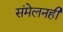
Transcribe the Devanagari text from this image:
संमेलनही